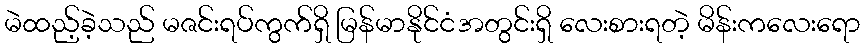
မဲထည့်ခဲ့သည် မဇင်းရပ်ကွက်ရှိ မြန်မာနိုင်ငံအတွင်းရှိ လေးစားရတဲ့ မိန်းကလေးရော